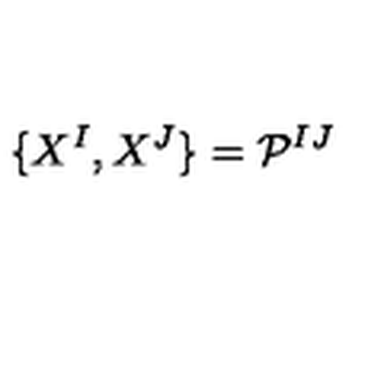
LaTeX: \{ X ^ { I } , X ^ { J } \} = \mathcal { P } ^ { I J }